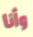
وأنا